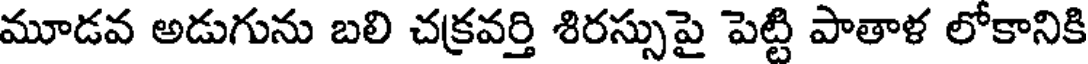
మూడవ అడుగును బలి చక్రవర్తి శిరస్సుపై పెట్టి పాతాళ లోకానికి